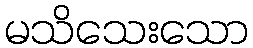
မသိသေးသော